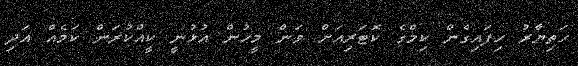
ހަތިޔާރު ހިފައިގެން ކިމްގެ ކޮޓަރިއަށް ވަން މީހުން އުޅުނީ ކީއްކުރަން ކަމެއް އަދި